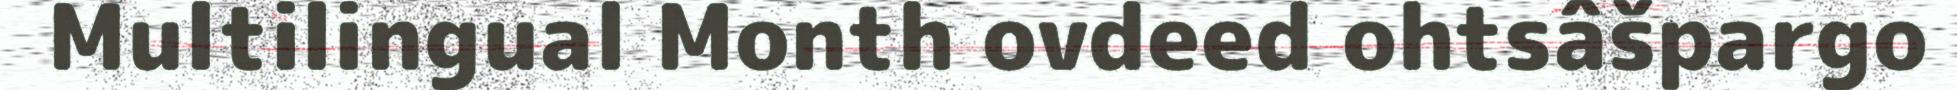
Multilingual Month ovdeed ohtsâšpargo